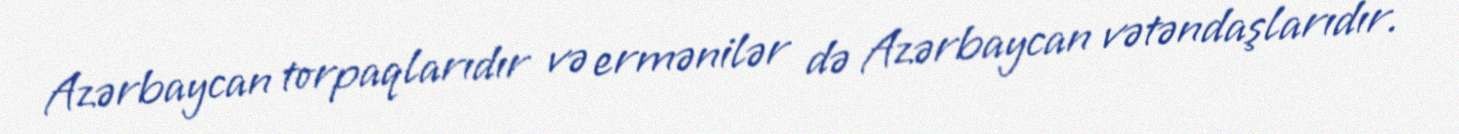
Azərbaycan torpaqlarıdır və ermənilər də Azərbaycan vətəndaşlarıdır.